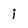
Character: i